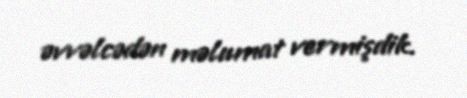
əvvəlcədən məlumat vermişdik.